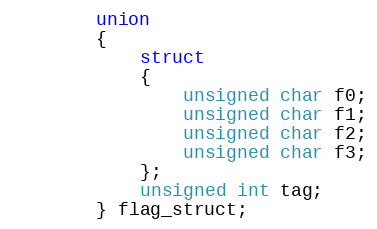
Language: C++
        union
        {
            struct
            {
                unsigned char f0;
                unsigned char f1;
                unsigned char f2;
                unsigned char f3;
            };
            unsigned int tag;
        } flag_struct;